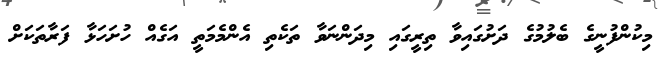
މިކުންފުނީގެ ބެލުމުގެ ދަށުގައިވާ ތިރީގައި މިދަންނަވާ ތަކެތި އެންމެމަތީ އަގެއް ހުށަހަޅާ ފަރާތަކަށް